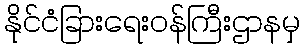
နိုင်ငံခြားရေးဝန်ကြီးဌာနမှ